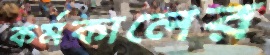
কর্মকালের